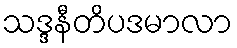
သဒ္ဒနီတိပဒမာလာ